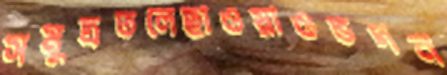
সমুদ্রতলেছাওয়াওভদন